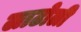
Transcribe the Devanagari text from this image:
लाटोली